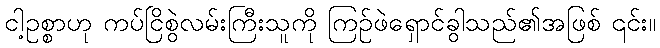
ငါ့ဥစ္စာဟု ကပ်ငြိစွဲလမ်းကြီးသူကို ကြဉ်ဖဲရှောင်ခွါသည်၏အဖြစ် ၎င်း။